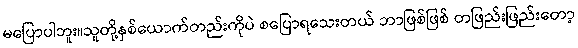
မပြောပါဘူး။သူတို့နှစ်ယောက်တည်းကိုပဲ စပြောရသေးတယ် ဘာဖြစ်ဖြစ် တဖြည်းဖြည်းတော့